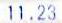
11.23